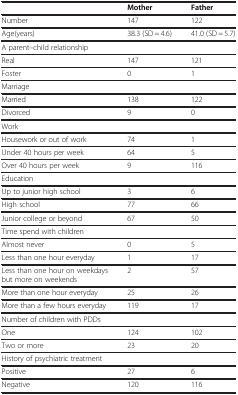
<table><thead><tr><td><b> </b></td><td><b>Mother</b></td><td><b>Father</b></td></tr></thead><tbody><tr><td>Number</td><td>147</td><td>122</td></tr><tr><td>Age(years)</td><td>38.3 (SD = 4.6)</td><td>41.0 (SD = 5.7)</td></tr><tr><td>A parent–child relationship</td><td> </td><td> </td></tr><tr><td>Real</td><td>147</td><td>121</td></tr><tr><td>Foster</td><td>0</td><td>1</td></tr><tr><td>Marriage</td><td> </td><td> </td></tr><tr><td>Married</td><td>138</td><td>122</td></tr><tr><td>Divorced</td><td>9</td><td>0</td></tr><tr><td>Work</td><td> </td><td> </td></tr><tr><td>Housework or out of work</td><td>74</td><td>1</td></tr><tr><td>Under 40 hours per week</td><td>64</td><td>5</td></tr><tr><td>Over 40 hours per week</td><td>9</td><td>116</td></tr><tr><td>Education</td><td> </td><td> </td></tr><tr><td>Up to junior high school</td><td>3</td><td>6</td></tr><tr><td>High school</td><td>77</td><td>66</td></tr><tr><td>Junior college or beyond</td><td>67</td><td>50</td></tr><tr><td>Time spend with children</td><td> </td><td> </td></tr><tr><td>Almost never</td><td>0</td><td>5</td></tr><tr><td>Less than one hour everyday</td><td>1</td><td>17</td></tr><tr><td>Less than one hour on weekdays but more on weekends</td><td>2</td><td>57</td></tr><tr><td>More than one hour everyday</td><td>25</td><td>26</td></tr><tr><td>More than a few hours everyday</td><td>119</td><td>17</td></tr><tr><td>Number of children with PDDs</td><td> </td><td> </td></tr><tr><td>One</td><td>124</td><td>102</td></tr><tr><td>Two or more</td><td>23</td><td>20</td></tr><tr><td>History of psychiatric treatment</td><td> </td><td> </td></tr><tr><td>Positive</td><td>27</td><td>6</td></tr><tr><td>Negative</td><td>120</td><td>116</td></tr></tbody></table>